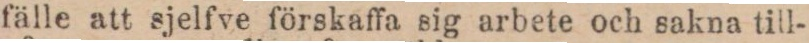
fälle att sjelfve förskaffa sig arbete och sakna till-